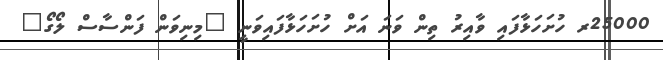
25000ރ ހުށަހަޅާފައި ވާއިރު ތިން ވަނަ އަށް ހުށަހަޅާފައިވަނީ "މިނިވަން ފަންސާސް ލޯގޯ"